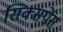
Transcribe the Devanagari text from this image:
सिक्सपेंस